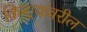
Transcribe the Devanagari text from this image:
किनार्‍यांवरील